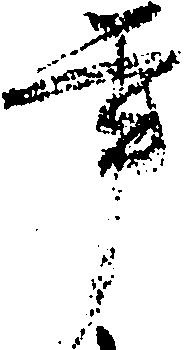
年